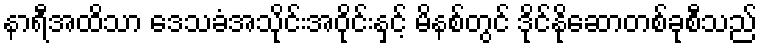
နာရီအထိသာ ဒေသခံအသိုင်းအဝိုင်းနှင့် မိနစ်တွင် ဒိုင်နိုဆောတစ်ခုစီသည်